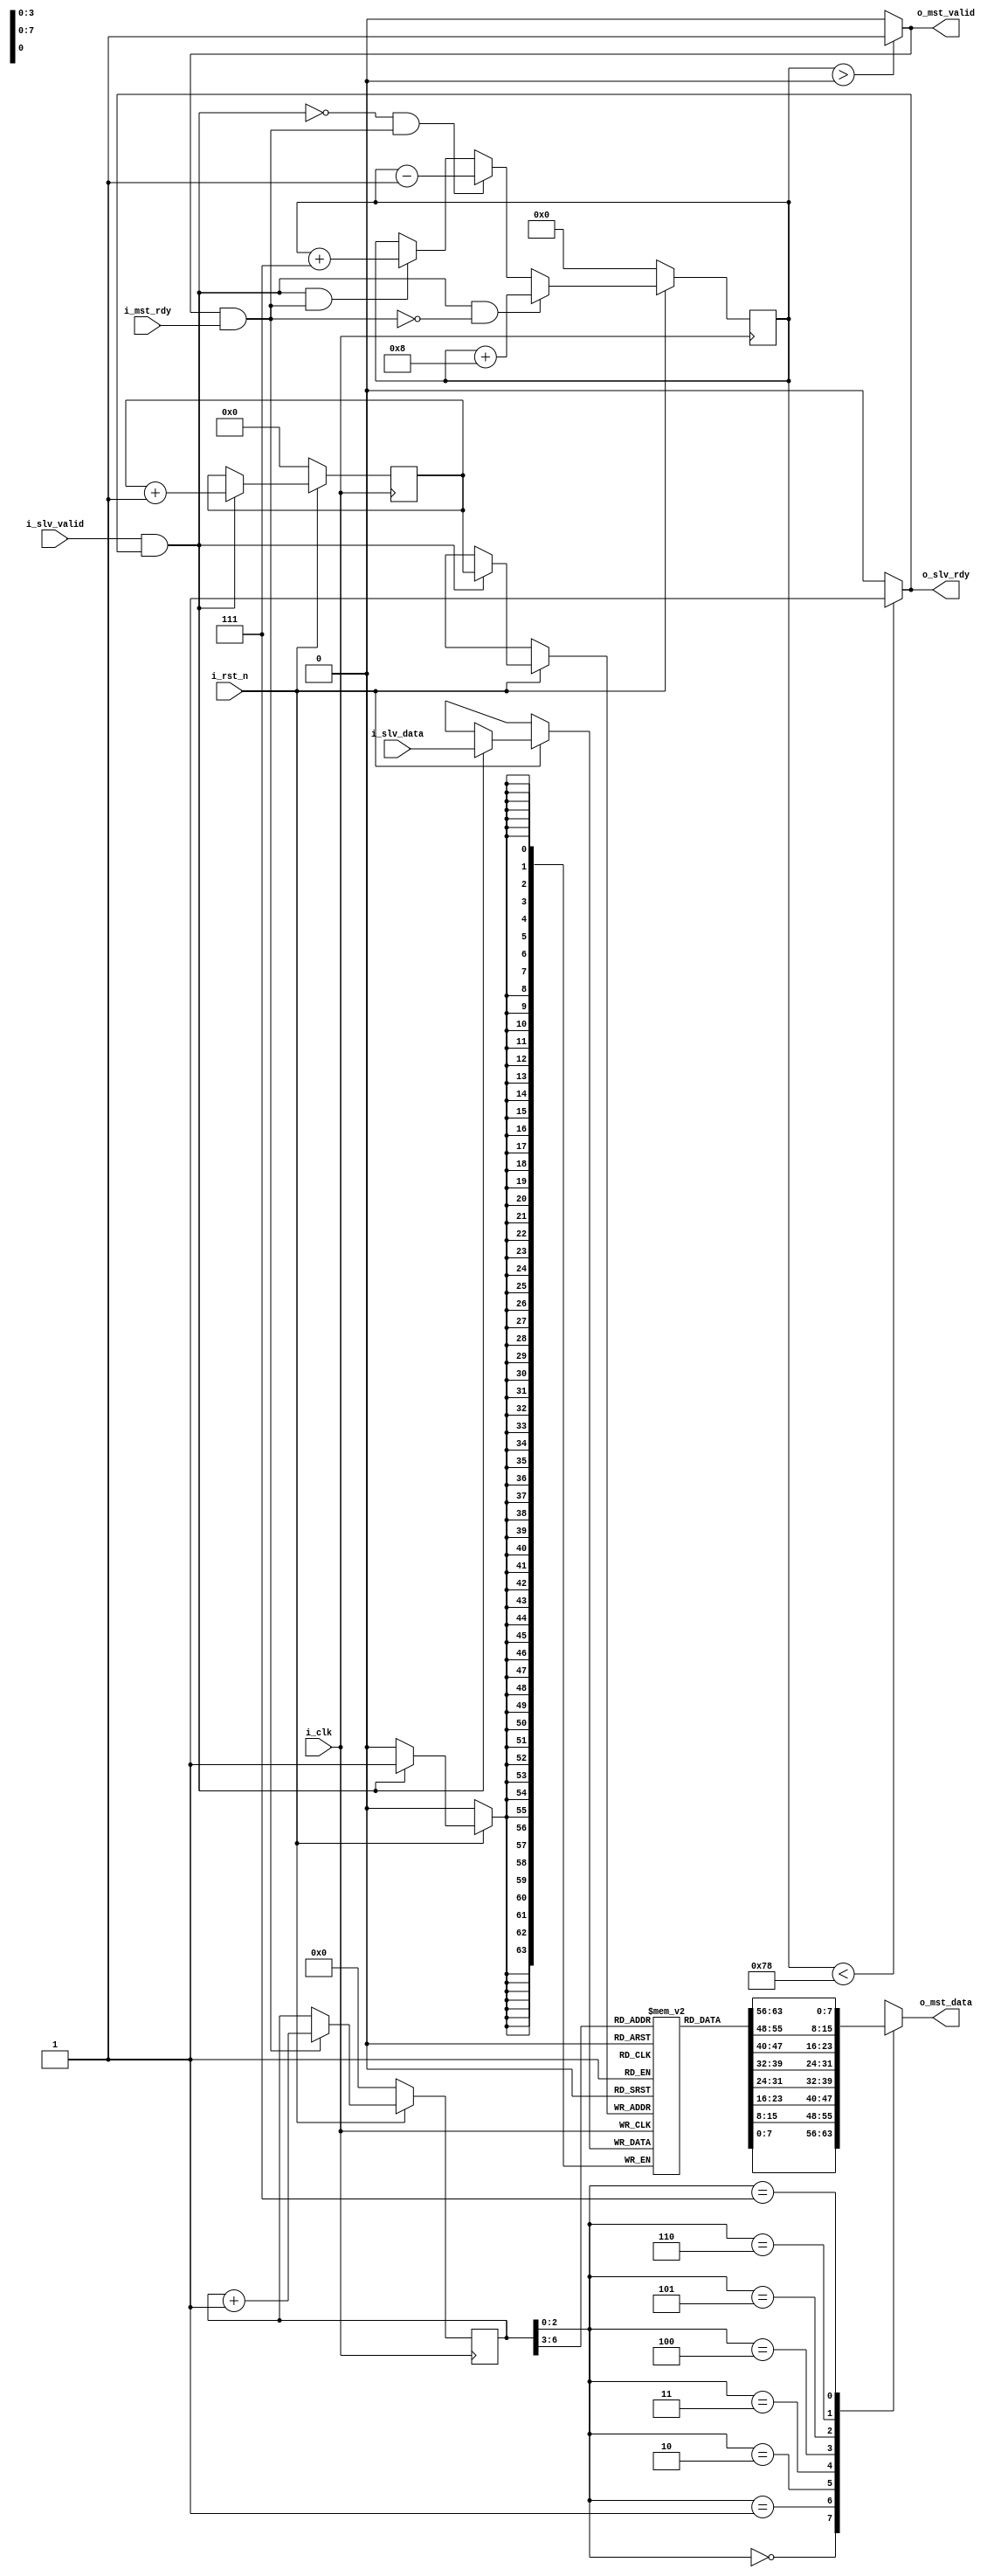
module fifo_128_8(
input wire         i_clk,
input wire         i_rst_n,
input wire         i_slv_valid,
output wire        o_slv_rdy,
input wire [63:0]  i_slv_data,
output reg [7:0]   o_mst_data,
output wire        o_mst_valid,
input              i_mst_rdy
);

reg [63:0]  mem [0:15];
reg [3:0]   wr_addr;
reg [6:0]   rd_addr;
reg [7:0]   data_count;

assign o_mst_valid = (data_count > 0) ? 1'b1 : 1'b0;
assign o_slv_rdy   = (data_count < 120) ? 1'b1 : 1'b0;
assign valid_wr    = i_slv_valid & o_slv_rdy;
assign valid_rd    = o_mst_valid & i_mst_rdy;

always @(posedge i_clk)
begin
    if(!i_rst_n)
	 begin
	    wr_addr <= 0;
	end
	else
	begin
	   if(valid_wr)
		begin
		    mem[wr_addr] <= i_slv_data;
			 wr_addr      <= wr_addr + 1;
		end	
	end
end


always @(posedge i_clk)
begin
   if(!i_rst_n)
	begin
	    rd_addr <= 0;
	end
	else
	begin
	    if(valid_rd)
		 begin
			rd_addr      <= rd_addr + 1'b1;
		end	
	end
end

always@(*)
begin
    case(rd_addr[2:0])
	    0:begin
		      o_mst_data <= mem[rd_addr[6:3]][7:0];
		 end
	    1:begin
		      o_mst_data <= mem[rd_addr[6:3]][15:8];
		 end
	    2:begin
		      o_mst_data <= mem[rd_addr[6:3]][23:16];
		 end
		 3:begin
		      o_mst_data <= mem[rd_addr[6:3]][31:24];
		 end
	    4:begin
		      o_mst_data <= mem[rd_addr[6:3]][39:32];
		 end
	    5:begin
		      o_mst_data <= mem[rd_addr[6:3]][47:40];
		 end
	    6:begin
		      o_mst_data <= mem[rd_addr[6:3]][55:48];
		 end
		 7:begin
		      o_mst_data <= mem[rd_addr[6:3]][63:56];
		 end	 
	 endcase
end

always @(posedge i_clk)
begin
    if(!i_rst_n)
	begin
	    data_count <= 0;
	end
	else
	begin
      if(valid_wr & !valid_rd)
		    data_count <= data_count + 8;
		else if(!valid_wr & valid_rd)
          data_count <= data_count - 1'b1;
		else if(valid_wr & valid_rd)
          data_count <= data_count + 7;			 
	end
end

endmodule